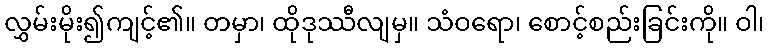
လွှမ်းမိုး၍ကျင့်၏။ တမှာ၊ ထိုဒုဿီလျမှ။ သံဝရော၊ စောင့်စည်းခြင်းကို။ ဝါ၊